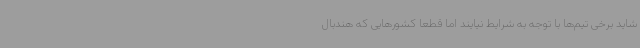
شاید برخی تیم‌ها با توجه به شرایط نیایند اما قطعا کشورهایی که هندبال